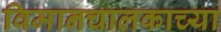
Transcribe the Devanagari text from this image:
विमानचालकाच्या